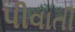
પીવાતી